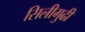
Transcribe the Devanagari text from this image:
सिलीगुढी